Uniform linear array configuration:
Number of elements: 48
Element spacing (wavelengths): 0.25
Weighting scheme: blackman
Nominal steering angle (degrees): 30
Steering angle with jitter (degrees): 30.886
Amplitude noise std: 0.05
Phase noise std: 0.05

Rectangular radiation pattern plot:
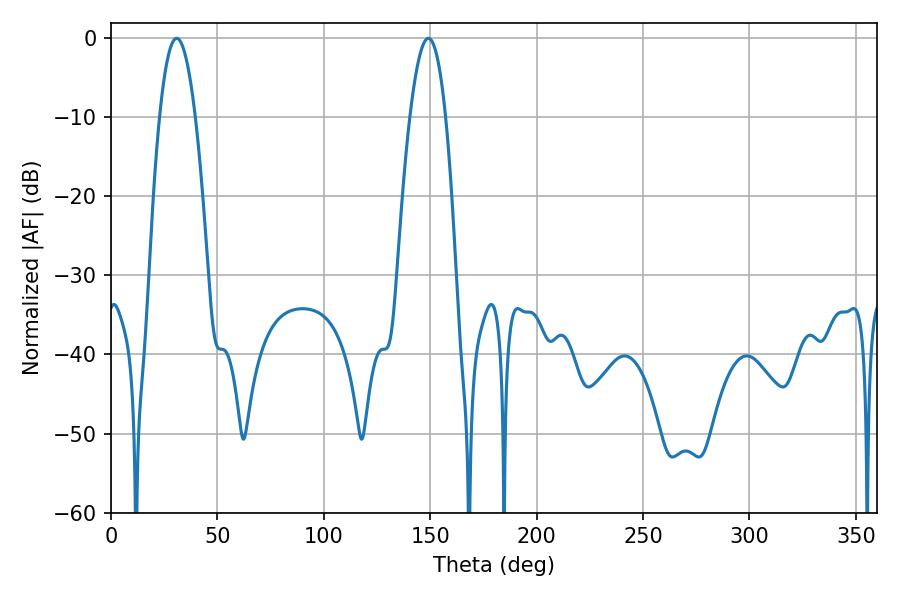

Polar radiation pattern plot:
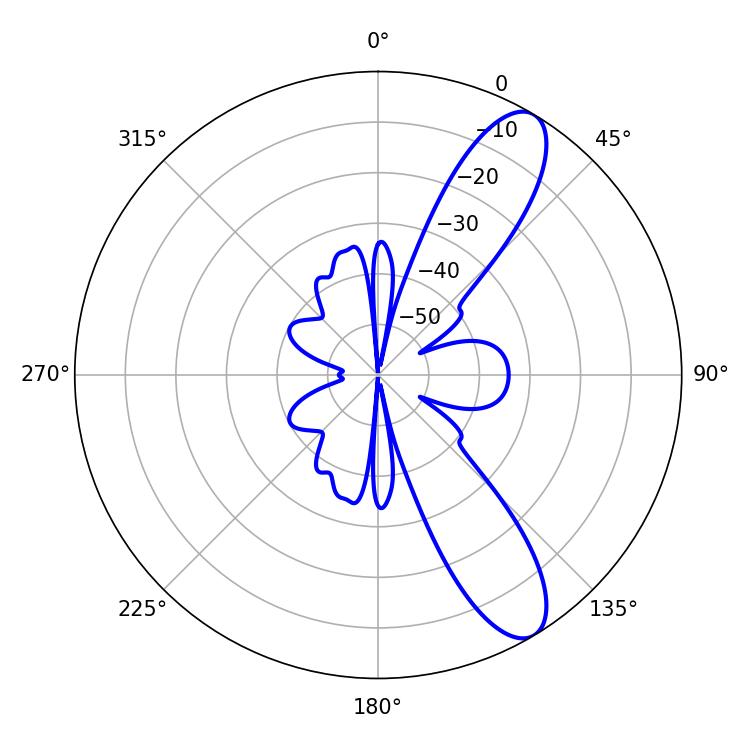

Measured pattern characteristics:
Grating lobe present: FALSE
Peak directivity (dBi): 10.494
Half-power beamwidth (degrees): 9.36
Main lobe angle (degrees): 30.78